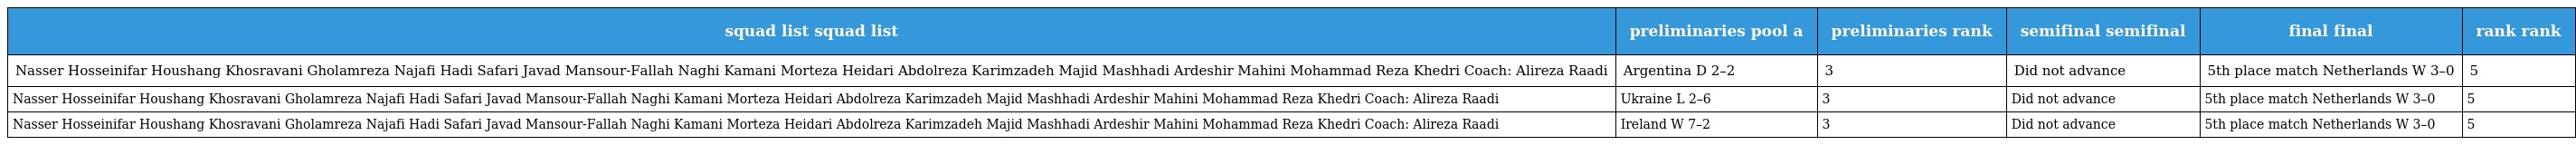
| squad list squad list | preliminaries pool a | preliminaries rank | semifinal semifinal | final final | rank rank |
 | --- | --- | --- | --- | --- | --- |
 | Nasser Hosseinifar Houshang Khosravani Gholamreza Najafi Hadi Safari Javad Mansour-Fallah Naghi Kamani Morteza Heidari Abdolreza Karimzadeh Majid Mashhadi Ardeshir Mahini Mohammad Reza Khedri Coach: Alireza Raadi | Argentina D 2–2 | 3 | Did not advance | 5th place match Netherlands W 3–0 | 5 |
 | Nasser Hosseinifar Houshang Khosravani Gholamreza Najafi Hadi Safari Javad Mansour-Fallah Naghi Kamani Morteza Heidari Abdolreza Karimzadeh Majid Mashhadi Ardeshir Mahini Mohammad Reza Khedri Coach: Alireza Raadi | Ukraine L 2–6 | 3 | Did not advance | 5th place match Netherlands W 3–0 | 5 |
 | Nasser Hosseinifar Houshang Khosravani Gholamreza Najafi Hadi Safari Javad Mansour-Fallah Naghi Kamani Morteza Heidari Abdolreza Karimzadeh Majid Mashhadi Ardeshir Mahini Mohammad Reza Khedri Coach: Alireza Raadi | Ireland W 7–2 | 3 | Did not advance | 5th place match Netherlands W 3–0 | 5 |